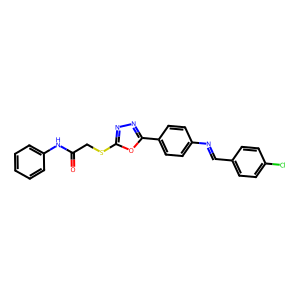
SMILES: O=C(CSc1nnc(-c2ccc(N=Cc3ccc(Cl)cc3)cc2)o1)Nc1ccccc1
Inhibits HIV replication: No